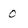
Character: 0